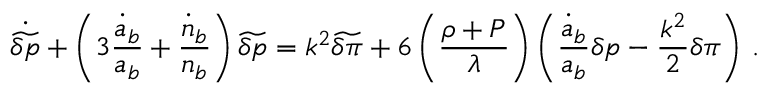
\dot { \widetilde { \delta p } } + \left( 3 { \frac { \dot { a } _ { b } } { a _ { b } } } + { \frac { \dot { n } _ { b } } { n _ { b } } } \right) \widetilde { \delta p } = k ^ { 2 } \widetilde { \delta \pi } + 6 \left( { \frac { \rho + P } { \lambda } } \right) \left( { \frac { \dot { a } _ { b } } { a _ { b } } } \delta p - { \frac { k ^ { 2 } } { 2 } } \delta \pi \right) \, .